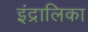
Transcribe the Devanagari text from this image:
इंद्रालिका